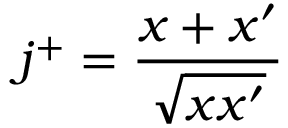
j ^ { + } = { \frac { x + x ^ { \prime } } { \sqrt { x x ^ { \prime } } } }